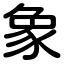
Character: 象